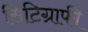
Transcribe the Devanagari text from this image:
सिंटिग्राफी